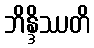
ဘိန္ဒိဿတိ